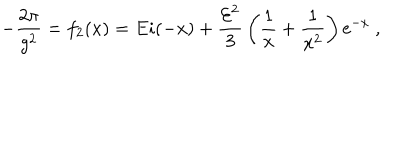
LaTeX: - { \frac { 2 \pi } { g ^ { 2 } } } = f _ { 2 } ( x ) = E i ( - x ) + { \frac { { \cal E } ^ { 2 } } { 3 } } \left( { \frac { 1 } { x } } + { \frac { 1 } { x ^ { 2 } } } \right) { \mathrm e } ^ { - x } \ ,